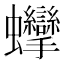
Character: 𧖘